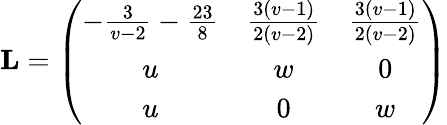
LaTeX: \mathbf{L}=\left(\begin{array}{ccc}{-\frac{3}{v-2}-\frac{23}{8}}&{\frac{3(v-1)}{2(v-2)}}&{\frac{3(v-1)}{2(v-2)}}\\ {u}&{w}&{0}\\ {u}&{0}&{w}\end{array}\right)